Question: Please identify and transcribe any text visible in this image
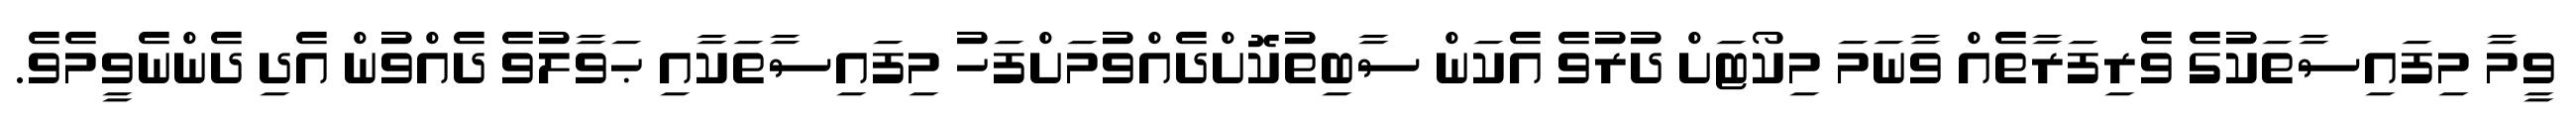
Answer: ވީމާ މިފައިސާތަކުގެ ވެރިފަރާތެއް ވާނަމަ މިކޯޓަށް ދުރުވެ އެކަން ސާބިތުކޮށްދެއްވުމަށްފަހު މިފައިސާތަކާއި ޙަވާލުވެ ދެއްވުން އެދި ދެންނެވީމެވެ.